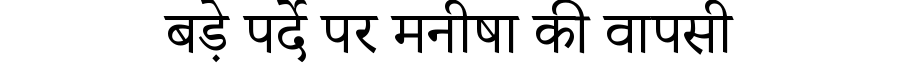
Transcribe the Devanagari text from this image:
बड़े पर्दे पर मनीषा की वापसी